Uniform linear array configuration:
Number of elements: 32
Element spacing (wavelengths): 0.25
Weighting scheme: cosine
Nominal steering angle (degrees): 60
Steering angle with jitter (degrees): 58.891
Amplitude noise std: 0.05
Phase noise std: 0.05

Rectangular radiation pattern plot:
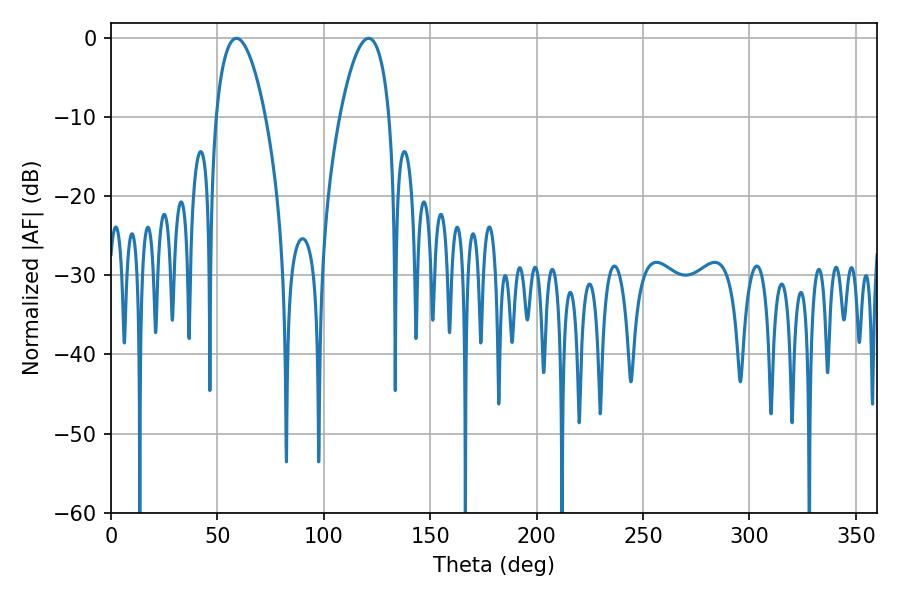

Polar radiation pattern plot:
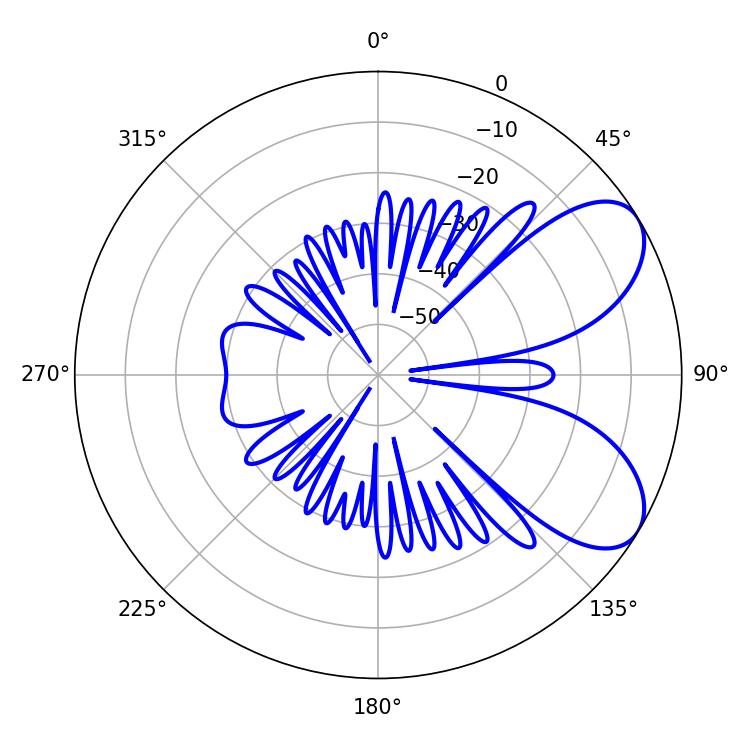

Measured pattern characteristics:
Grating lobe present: FALSE
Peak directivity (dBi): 6.792
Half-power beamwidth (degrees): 12.96
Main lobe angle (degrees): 59.04